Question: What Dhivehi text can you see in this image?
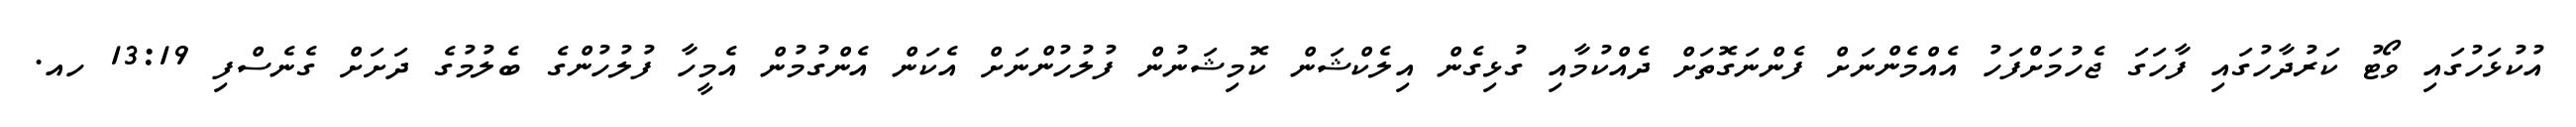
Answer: އުކުޅަހުގައި ވޯޓު ކަރުދާހުގައި ފާހަގަ ޖެހުމަށްފަހު އެއްމެންނަށް ފެންނަގޮތަށް ދެއްކުމާއި ގުޅިގެން އިލެކްޝަން ކޮމިޝަނުން ފުލުހުންނަށް އެކަން އެންގުމުން އެމީހާ ފުލުހުންގެ ބެލުމުގެ ދަށަށް ގެނެސްފި 13:19 ހއ.